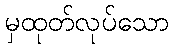
မှထုတ်လုပ်သော